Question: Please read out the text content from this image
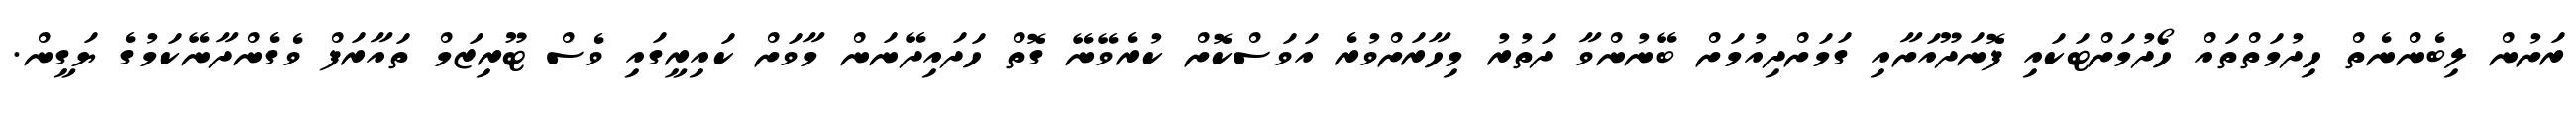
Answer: ރަށުން ލިބެންނެތް ހިދުމަތްތައް ހޯދުމަށްޓަކައި ފޮނަދޫއަށާއި ގަމަށްދިއުމަށް ބޭނުންވާ ދަތުރު މިހާރަށްވުރެ އަވަސްކޮށް ކުރެވޭނޭ ގޮތް ހަދައިދޭނަން މާވަށް ކައިރީގައި ވެސް ޓޫރިޒަމް ތައާރަފް ވެގެންދާނޭކަމުގެ ޔަގީން.